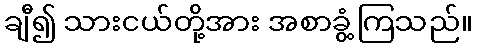
ချီ၍ သားငယ်တို့အား အစာခွံ့ကြသည်။